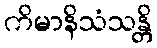
ကိမာနိသံသန္တိ